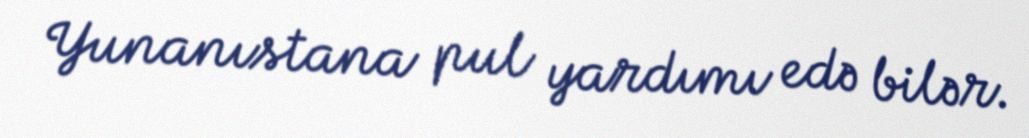
Yunanıstana pul yardımı edə bilər.